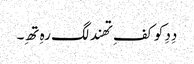
دِدِ کو کفِ تھند لگ رہِ تھِ۔